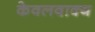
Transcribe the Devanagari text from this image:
केवलवाक्य